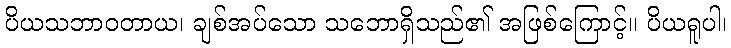
ပိယသဘာဝတာယ၊ ချစ်အပ်သော သဘောရှိသည်၏ အဖြစ်ကြောင့်။ ပိယရူပါ၊